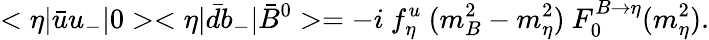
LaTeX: <\eta|\bar{u}u_{-}|0><\eta|\bar{d}b_{-}|\bar{B}^{0}>=-i~f_{\eta}^{u}~(m_{B}^{2}-m_{\eta}^{2})~F_{0}^{B\rightarrow\eta}(m_{\eta}^{2}).